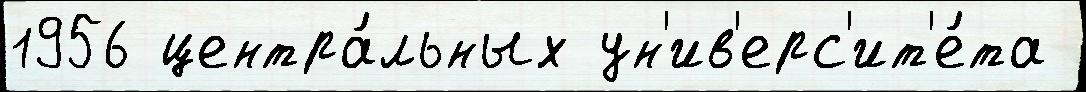
1956 центра́льных ун'ив'ерс'ит'е́та